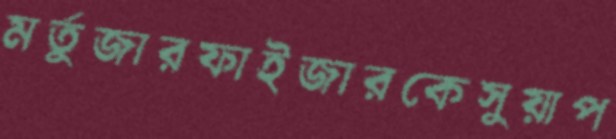
মর্তুজারফাইজারকেসুয়াপ